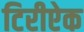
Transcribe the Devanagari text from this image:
टिरीऐक